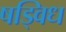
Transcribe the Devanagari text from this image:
षड्विध